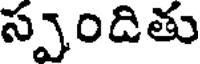
స్పందితు